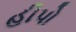
હીપો